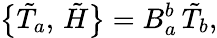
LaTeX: \bigl\{ \tilde{T}_{a},\, \tilde{H}\bigr\} =B_{a}^{b}\, \tilde{T}_{b},